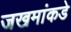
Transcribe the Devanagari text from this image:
जखमांकडे